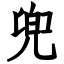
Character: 兜